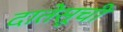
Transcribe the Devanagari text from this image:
दातेसूची